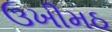
ઉખીમઠ